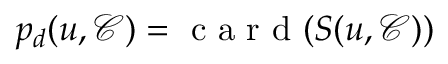
p _ { d } ( u , \mathcal { C } ) = \mathrm { ~ c ~ a ~ r ~ d ~ } ( S ( u , \mathcal { C } ) )